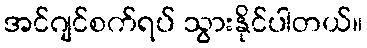
အင်ဂျင်စက်ရပ် သွားနိုင်ပါတယ်။